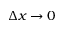
\Delta x \to 0